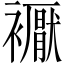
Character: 𧞣